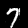
Label: 7